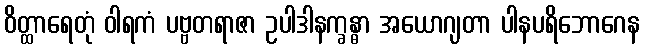
ဝိတ္ထာရေတုံ ဝါရကံ ပဗ္ဗတရာဇာ ဥပါဒါနက္ခန္ဓာ အယောဂျတာ ပါနပရိဘောဂေန